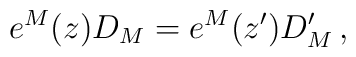
e^{M}(z)D_{M}=e^{M}(z^{\prime})D^{\prime}_{M}\,,